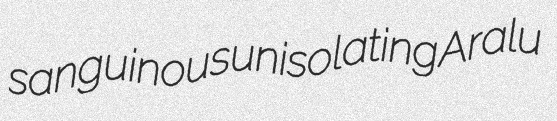
sanguinous unisolating Aralu